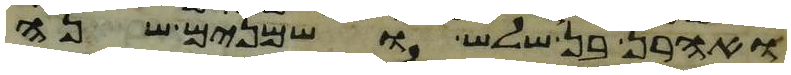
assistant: ואהרן בן שלש ושמנים שנה